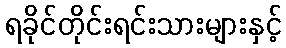
ရခိုင်တိုင်းရင်းသားများနှင့်